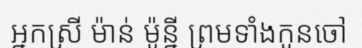
អ្នកស្រី ម៉ាន់ ម៉ូន្នី ព្រមទាំងកូនចៅ